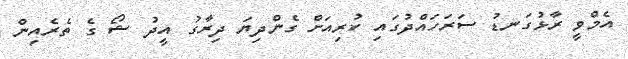
އެމްވީ ރާޅުގަނޑު ސަރަހައްދުގައި ކުރިއަށް ގެންދިޔަ ދިރާގު އީދު ޝޯ ގެ ތެރެއިން